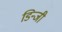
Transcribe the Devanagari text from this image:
डिन्जी